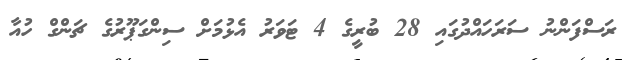
ރަސްފަންނު ސަރަހައްދުގައި 28 ބުރީގެ 4 ޓަވަރު އެޅުމަށް ސިންގަޕޫރުގެ ޗަންގް ހުއާ